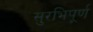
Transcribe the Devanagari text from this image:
सुरभिपूर्ण